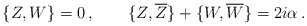
\begin{align*}\{Z,W\}=0\,,\qquad\{Z,\overline{Z}\}+\{W,\overline{W}\}=2i\alpha\,.\end{align*}